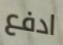
ادفع